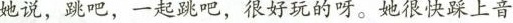
她说，死吧，一起距吧，很好玩的呀。她很快架上音